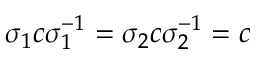
\sigma _ { 1 } c \sigma _ { 1 } ^ { - 1 } = \sigma _ { 2 } c \sigma _ { 2 } ^ { - 1 } = c